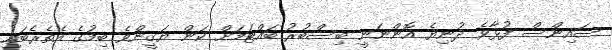
ސައިންސް ފުޅާވެ ދުނިޔެ އޮންނަނީ ބިސްބުރު ބައްޓަމަށް ކަން ޔަޤީންވެ ބިމުގެ އެތެރެބައި